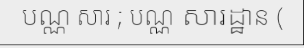
បណ្ណ សារ ; បណ្ណ សារដ្ឋាន (